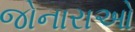
જોનારાઓ